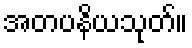
အတပနိယသုတ်။